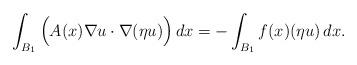
LaTeX: \begin{align*}\int_{B_1} \Big ( A(x)\nabla u\cdot \nabla (\eta u) \Big )\,dx = -\int_{B_1} f(x) (\eta u)\,dx.\end{align*}